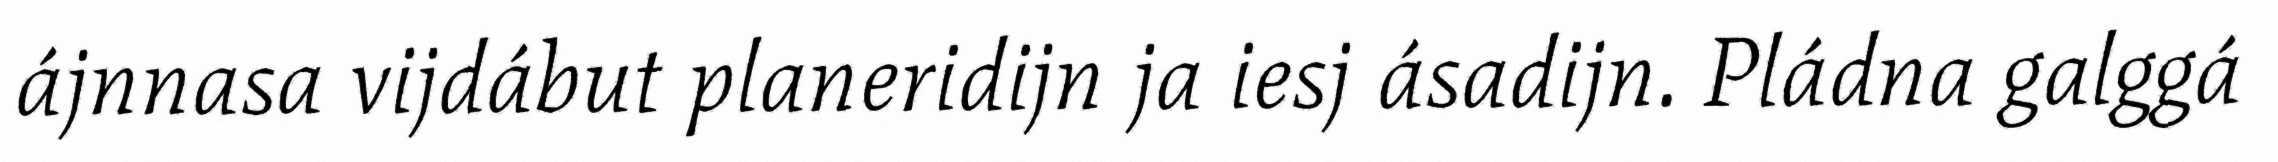
ájnnasa vijdábut planeridijn ja iesj ásadijn. Pládna galggá